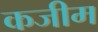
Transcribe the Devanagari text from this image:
कजीम